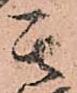
其